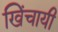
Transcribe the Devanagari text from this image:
खिंचायी